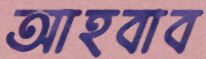
আহবাব